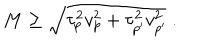
M \geq \sqrt { \tau _ { p } ^ { 2 } v _ { p } ^ { 2 } + \tau _ { p ^ { \prime } } ^ { 2 } v _ { p ^ { \prime } } ^ { 2 } } \ .